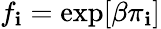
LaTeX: f_{\mathbf{i}}=\exp[\beta\pi_{\mathbf{i}}]